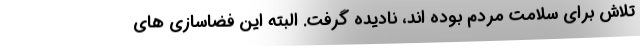
تلاش برای سلامت مردم بوده اند، نادیده گرفت. البته این فضاسازی های